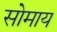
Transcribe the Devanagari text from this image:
सोमाय